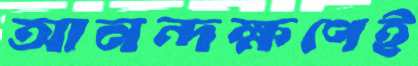
আনন্দক্ষণেই